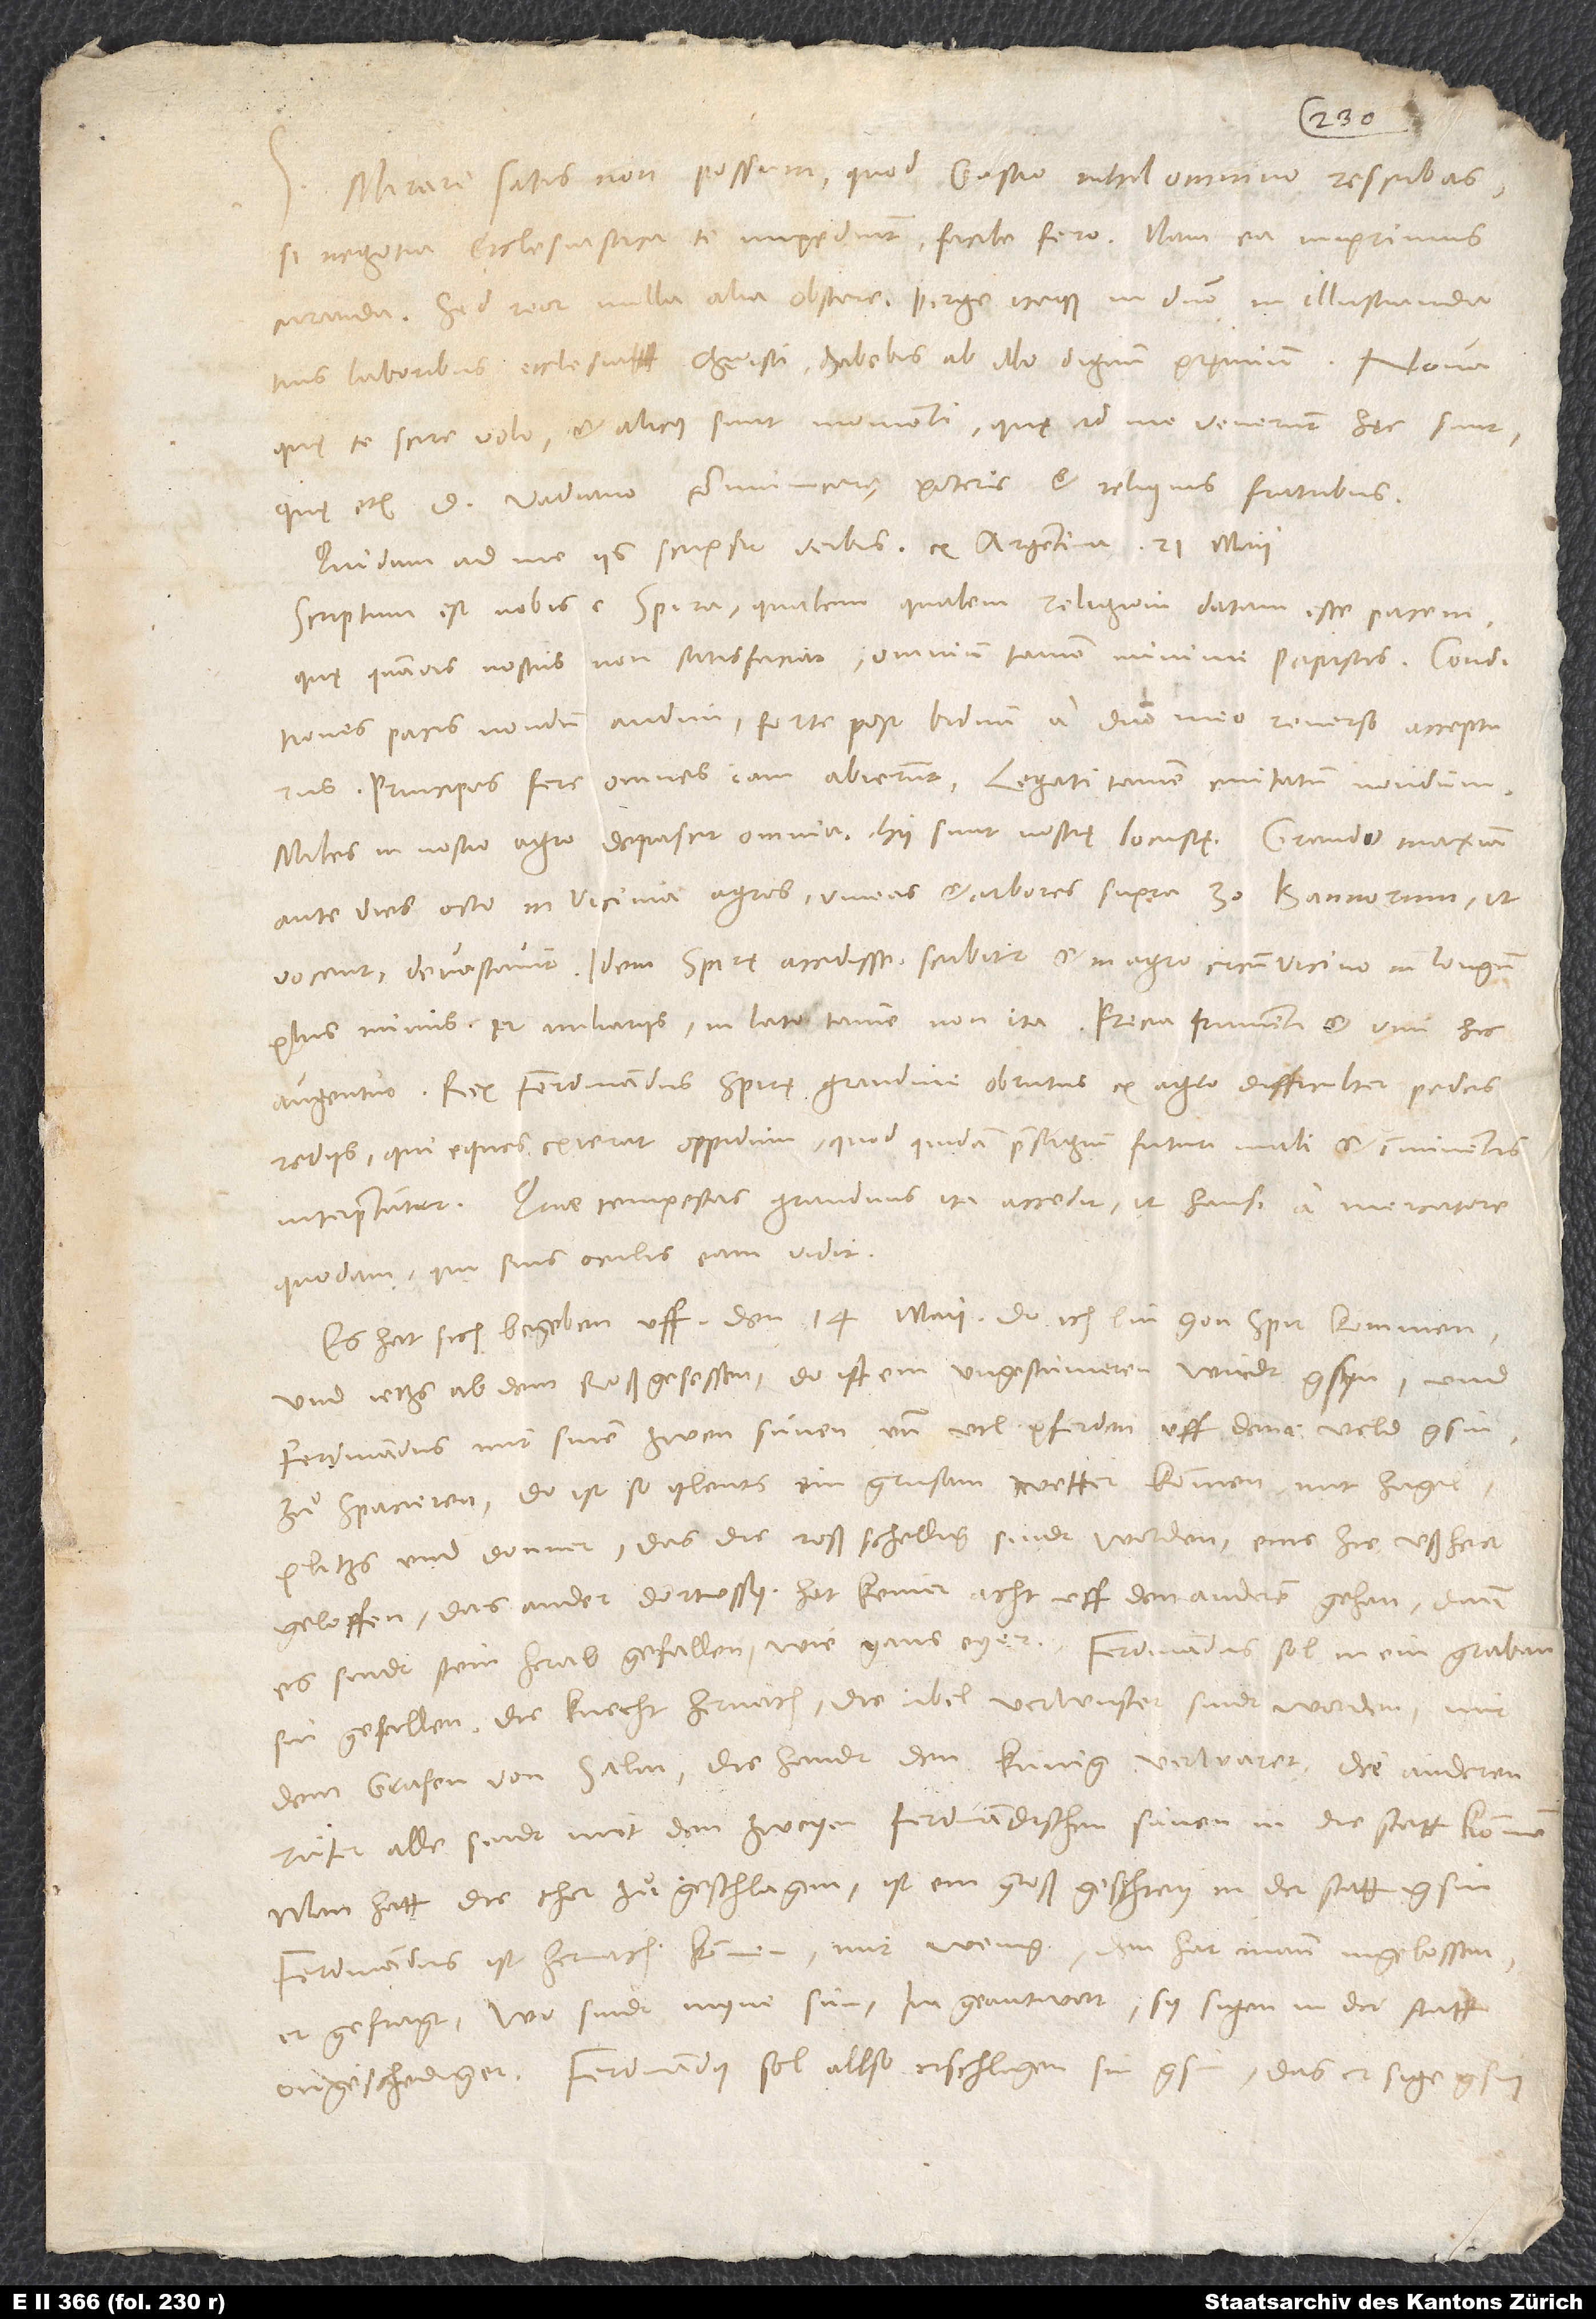
Mirari satis non possum, quod Gastio nihil omnino rescribas.
Si negotia ecclesiastica te impediunt, facile fero, nam ea imprimis
curanda; sed reor nulla alia obstare. Perge itaque in domino in illustranda
tuis laboribus ecclesia Christi; habebis ab illo dignum pręmium.
quę te scire volo et alicuius sunt momenti, quę ad me venerunt, hęc sunt,
quę etiam d. Vadiano communicare poteris et reliquis fratribus.
Quidam ad me iis scripsit diebus ex Argentina 21. maii:
Scriptum est nobis e Spira qualemqualem religioni datam esse pacem,
quę quamvis nostris non satisfaciat, omnium tamen minime papistis. Conditiones
pacis nondum audivi, forte post biduum a domino meo reverso accepturus.
Principes fere omnes iam abierunt, legati tamen civitatum nondum.
Miles in nostro agro depascit omnia; hii sunt nostrę locustę. Grando maxima
ante dies octo in vicinia agros, vineas et arbores supra 30 bannorum, ut
vocant, devastavit. Idem Spirę accidisse scribitur et in agro circumvicino in longum
augentur. Rex Ferdinandus Spirę grandine obrutus ex agro difficulter pedes
rediit, qui eques exierat oppidum, quod quidam praesagium futuri mali et imminentis
interpretantur. Quae tempestas grandinis ita accessit, ut hausi a mercatore
quodam, qui suis oculis eam vidit:
„Es hat sich begeben uff den 14. maii, do ich bin gon Spir kommen
und jetzs ab dem roß gesessen, do ist ein ungestümeren windt gsyn und
Ferdinandus mit sinen zwen sünen und vil pferden uff dem veld gsin
zuͦ spacieren. Do ist so ylents ein grusam wetter kommen mit hagel,
plitzs und donner, das die roß schellig sindt worden, eins hie ußhen
verloffen, das ander dort ussy. Hat keiner acht uff den anderen gehan; dann
es sindt stein herab gefallen wie gans eyer. Ferdinandus sol in ein graben
sin gefallen; die knecht hernach, die übel verwustet sindt worden, mit
dem grafen von Salm, die handt den künig verwaret; die anderen
rüter alle sindt mit den zweyen Ferdinandischen sünen in die statt kommen.
Man hatt die thor zuͦ geschlagen, ist ein groß geschrey in der statt gsin.
Ferdinandus ist hernach kommen mit wenig, den hat mann inglossen,
er gefragt: ’Wo sindt myne sün?’, im geantwort, sy sigen in der statt
ongeschediget. Ferdinandus sol allso erschlagen sin gsin, das er sige gesin